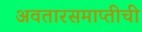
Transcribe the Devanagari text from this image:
अवतारसमाप्तीची